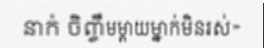
នាក់ ចិញ្ចឹមម្តាយម្នាក់មិនរស់»